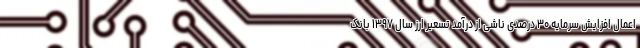
اعمال افزایش سرمایه ۳۰ درصدی ناشی از درآمد تسعیر ارز سال ۱۳۹۷ بانک